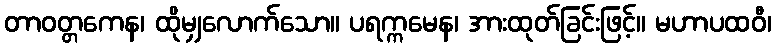
တာဝတ္တကေန၊ ထိုမျှလောက်သော။ ပရက္ကမေန၊ အားထုတ်ခြင်းဖြင့်။ မဟာပထဝီ၊